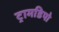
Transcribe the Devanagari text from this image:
ट्रामडिपो